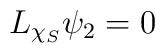
L_{\chi_S}\psi_2=0